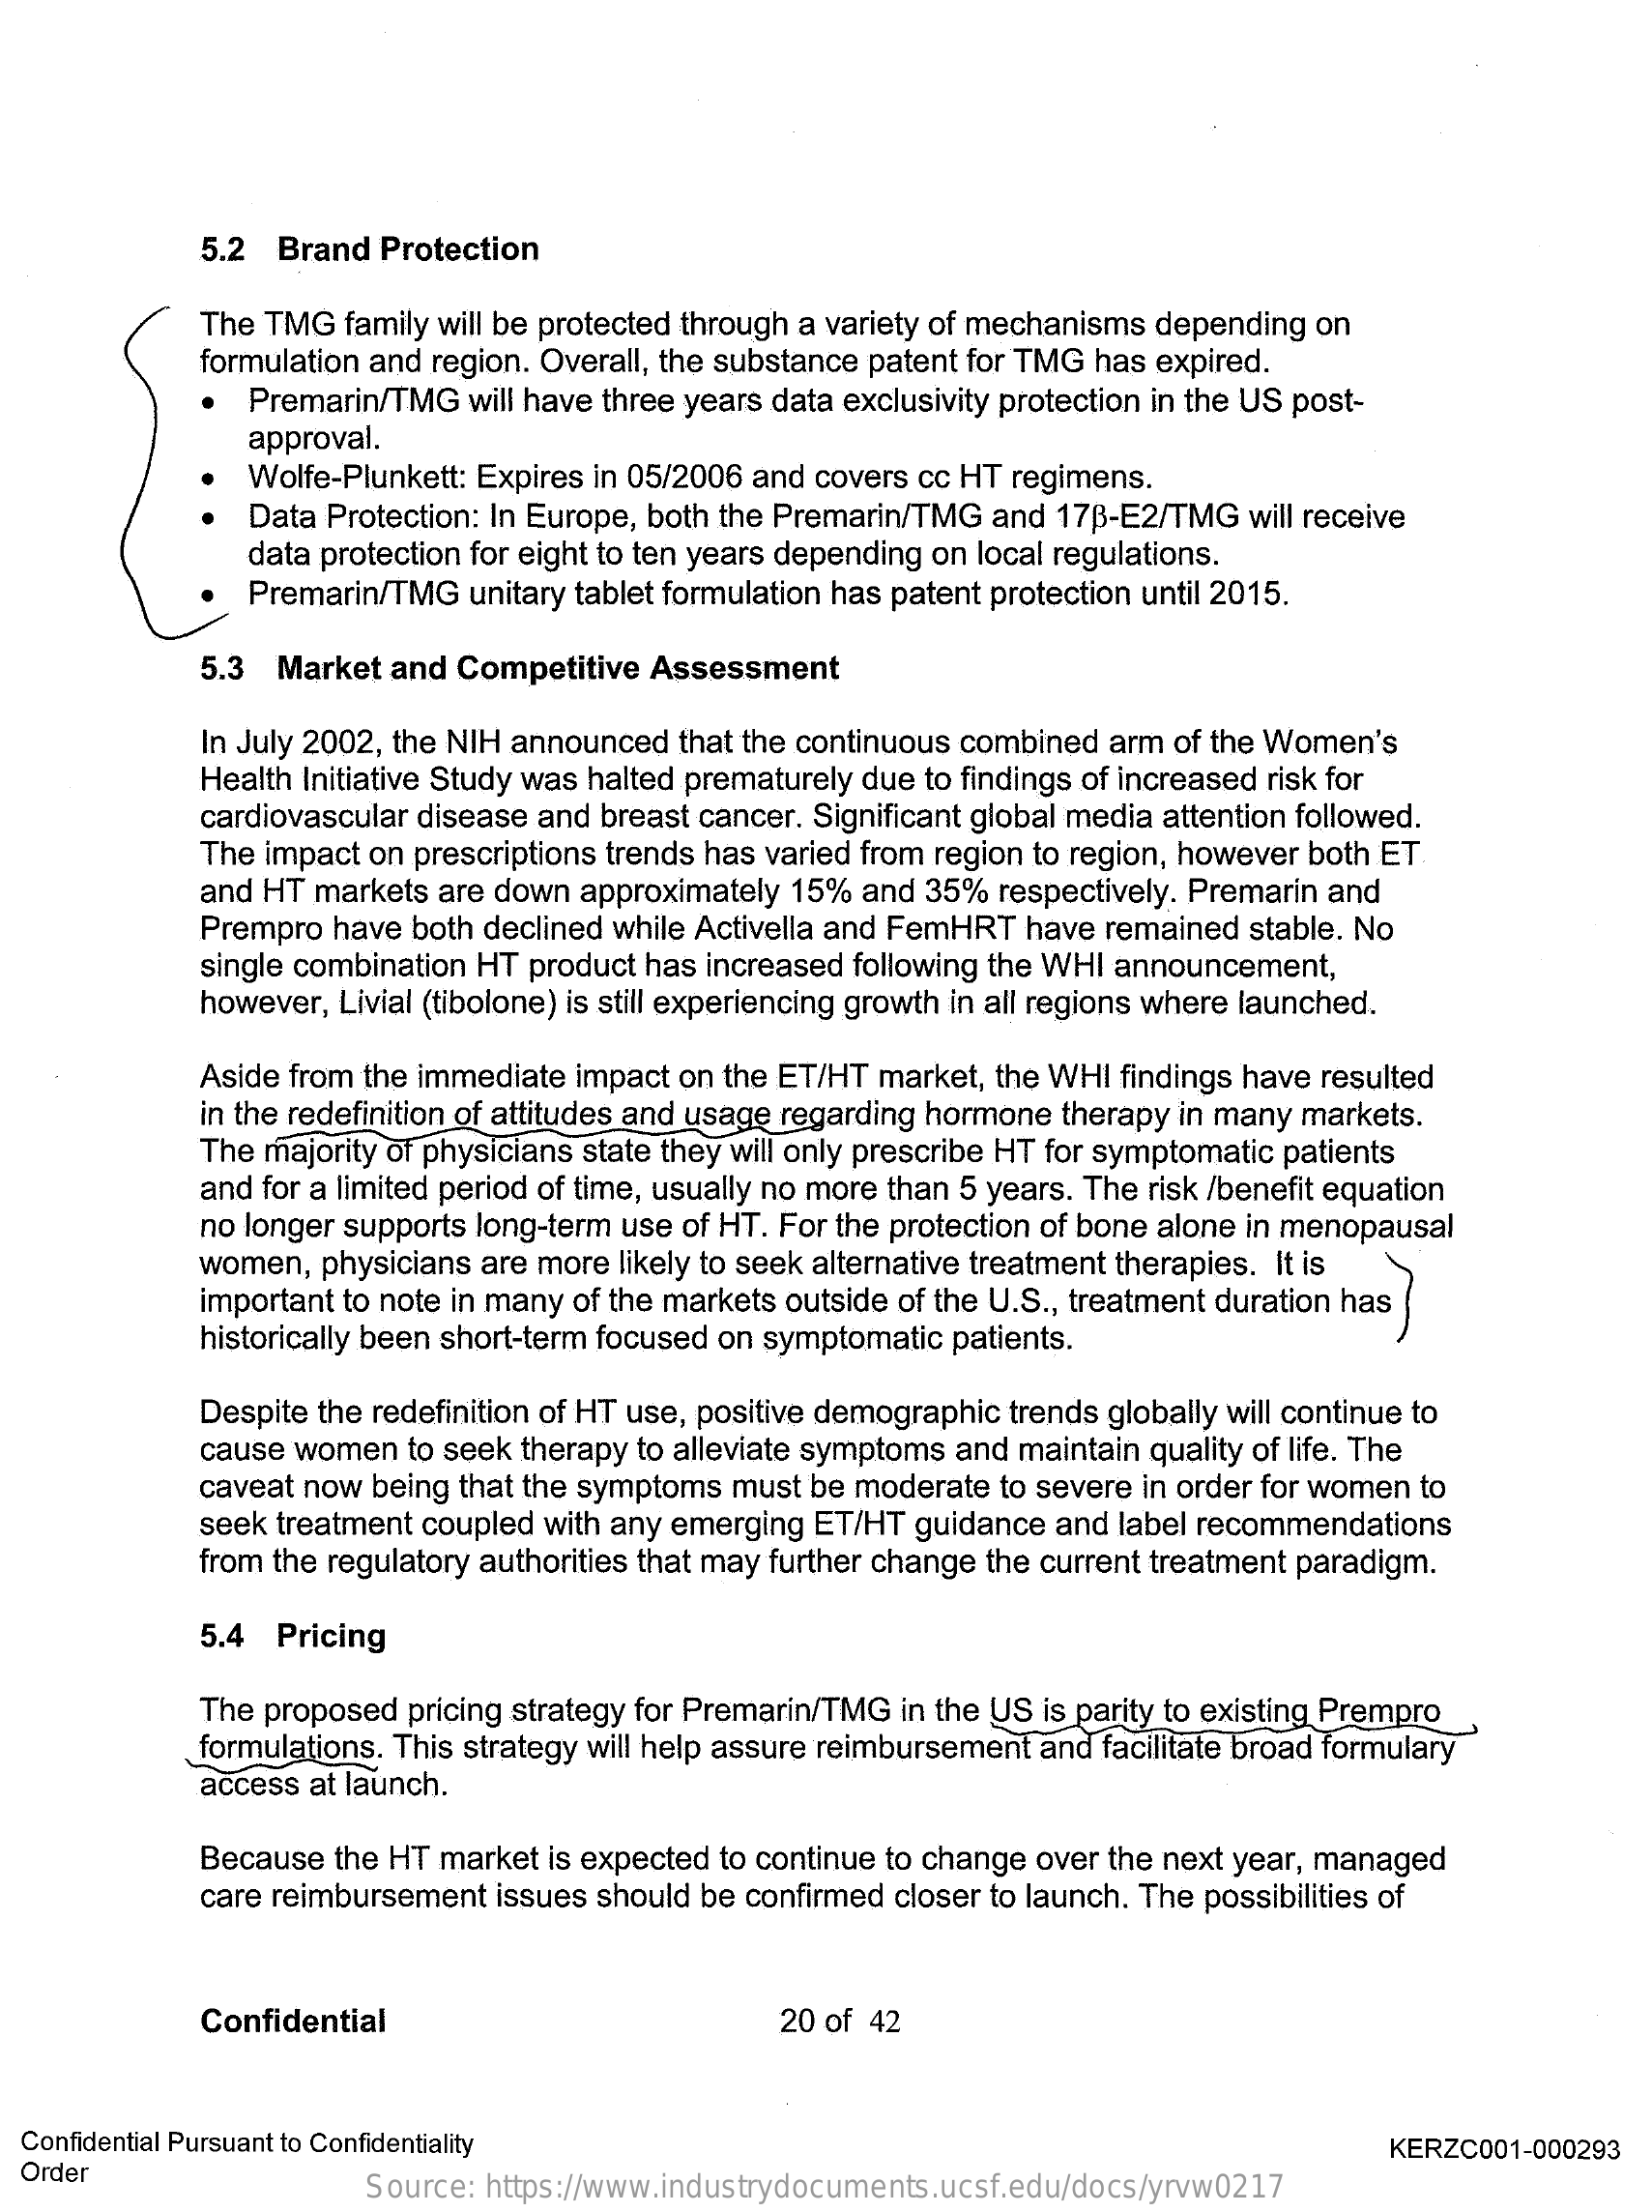
5.2 Brand  Protection
     The TMG family will be protected through a variety of mechanisms depending on
     formulation and region. Overall, the substance patent for TMG has expired.
     Premarin/TMG will have three years data exclusivity protection in the US post-
     approval.
     Wolfe-Plunkett: Expires in 05/2006 and covers cc HT regimens.
     Data Protection: In Europe, both the Premarin/TMG and 17B-E2/TMG will receive
     data protection for eight to ten years depending on local regulations.
     Premarin/TMG unitary tablet formulation has patent protection until 2015.
     5.3 Market and  Competitive Assessment
     In July 2002, the NIH announced that the continuous combined arm of the Women's
     Health Initiative Study was halted prematurely due to findings of increased risk for
     cardiovascular disease and breast cancer. Significant global media attention followed.
     The impact on prescriptions trends has varied from region to region, however both ET
     and HT markets are down approximately 15% and 35% respectively. Premarin and
     Prempro have both declined while Activella and FemHRT have remained stable. No
     single combination HT product has increased following the WHI announcement,
     however, Livial (tibolone) is still experiencing growth in all regions where launched.
     Aside from the immediate impact on the ET/HT market, the WHI findings have resulted
     in the redefinition of attitudes and usage regarding hormone therapy in many markets.
     The majority of physicians state they will only prescribe HT for symptomatic patients
     and for a limited period of time, usually no more than 5 years. The risk /benefit equation
     no longer supports long-term use of HT. For the protection of bone alone in menopausal
     women, physicians are more likely to seek alternative treatment therapies. It is
     important to note in many of the markets outside of the U.S ., treatment duration has
     historically been short-term focused on symptomatic patients.
     Despite the redefinition of HT use, positive demographic trends globally will continue to
     cause women to seek therapy to alleviate symptoms and maintain quality of life. The
     caveat now being that the symptoms must be moderate to severe in order for women to
     seek treatment coupled with any emerging ET/HT guidance and label recommendations
     from the regulatory authorities that may further change the current treatment paradigm.
     5.4 Pricing
     The proposed pricing strategy for Premarin/TMG in the US is parity to existing Prempro
     formulations. This strategy will help assure reimbursement and facilitate broad formulary
     access at launch.
     Because the HT market is expected to continue to change over the next year, managed
     care reimbursement issues should be confirmed closer to launch. The possibilities of
     Confidential    20 of 42
  Confidential Pursuant to Confidentiality
  Order
     KERZC001-000293
     Source: https://www.industrydocuments.ucsf.edu/docs/yrvw0217